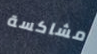
مشاكسة